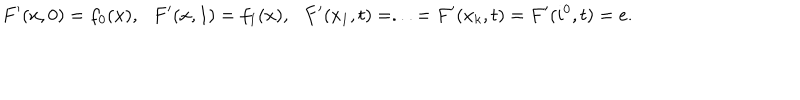
LaTeX: F ^ { \prime } ( x , 0 ) = f _ { 0 } ( x ) , \: \: \: F ^ { \prime } ( x , 1 ) = f _ { 1 } ( x ) , \: \: \: F ^ { \prime } ( x _ { 1 } , t ) = . . . = F ^ { \prime } ( x _ { k } , t ) = F ^ { \prime } ( i ^ { 0 } , t ) = e .